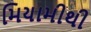
મિયામીથી